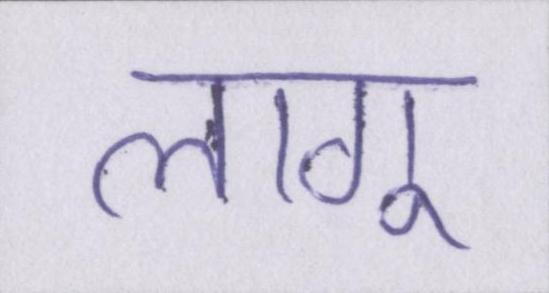
लागू